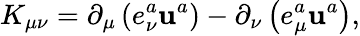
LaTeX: K_{\mu\nu}=\partial_{\mu}\left(e_{\nu}^{a}\mathbf{u}^{a}\right)-\partial_{\nu}\left(e_{\mu}^{a}\mathbf{u}^{a}\right),